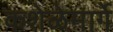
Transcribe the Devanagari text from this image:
कशेळेमार्गे